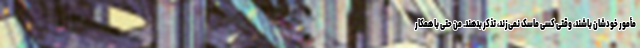
مأمور خودشان باشند، وقتی کسی ماسک نمی‌زند، تذکر بدهند. من حتی با همکار